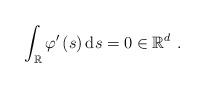
LaTeX: \begin{align*}\int\nolimits_{\mathbb{R}}\varphi ^{\prime }\left( s\right) \mathrm{d}s=0\in\mathbb{R}^{d}\ . \end{align*}